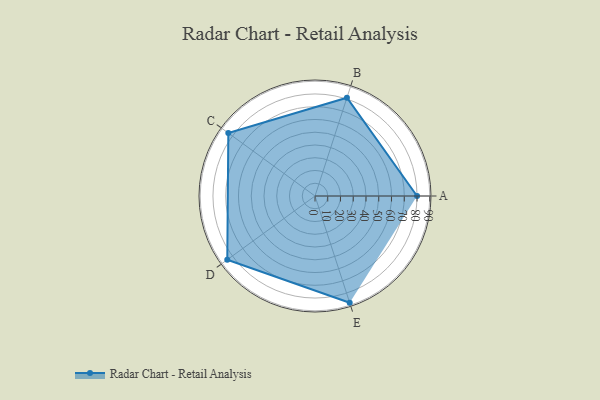
{"axis": {"x": "Skill", "y": "Score"}, "legend": ["Profile"], "data": [{"x": "A", "y": 80.0, "type": "Profile"}, {"x": "B", "y": 81.0, "type": "Profile"}, {"x": "C", "y": 84.0, "type": "Profile"}, {"x": "D", "y": 85.0, "type": "Profile"}, {"x": "E", "y": 88.0, "type": "Profile"}]}